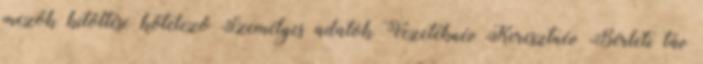
mezők kitöltése kötelező Személyes adatok Vezetéknév Keresztnév Bérleti táv